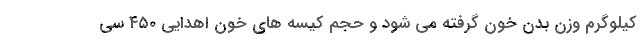
کیلوگرم وزن بدن خون گرفته می شود و حجم کیسه های خون اهدایی ۴۵۰ سی